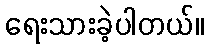
ရေးသားခဲ့ပါတယ်။